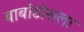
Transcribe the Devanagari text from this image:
बार्बाडोसला